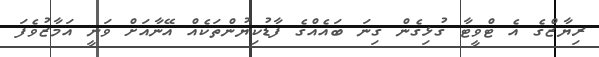
ރިޔާޒްގެ އެ ޓްވީޓާ ގުޅިގެން ގިނަ ބައެއްގެ ފާޑުކިޔުންތަކެއް އޭނާއަށް ވަނީ އަމާޒުވެފަ